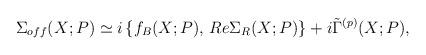
LaTeX: \begin{align*}\Sigma_{off} (X; P) \simeq i \left\{ f_B (X; P), \, Re \Sigma_R (X; P) \right\} + i \tilde{\Gamma}^{(p)} (X; P) , \end{align*}